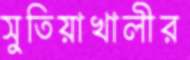
সুতিয়াখালীর